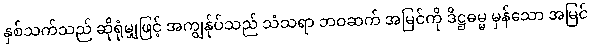
နှစ်သက်သည် ဆိုရုံမျှဖြင့် အကျွန်ုပ်သည် သံသရာ ဘဝဆက် အမြင်ကို ဒိဋ္ဌဓမ္မ မှန်သော အမြင်